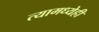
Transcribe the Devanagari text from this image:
त्यामध्येही